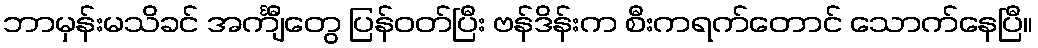
ဘာမှန်းမသိခင် အင်္ကျီတွေ ပြန်ဝတ်ပြီး ဗန်ဒိန်းက စီးကရက်တောင် သောက်နေပြီ။